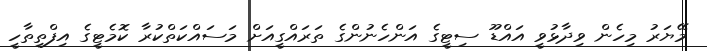
މޭޔަރު މިހެން ވިދާޅުވީ އައްޑޫ ސިޓީގެ އަންހެނުންގެ ތަރައްގީއަށް މަސައްކަތްކުރާ ކޮމެޓީގެ އިފްތިތާހީ